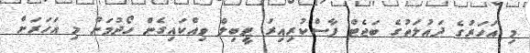
މި އަހަރުގެ ދައުލަތުގެ ބަޖެޓް ފާސްކުރިއިރު ޓީބިލް ވިއްކައިގެން ހޯދުމަށް މި އަހަރަށް